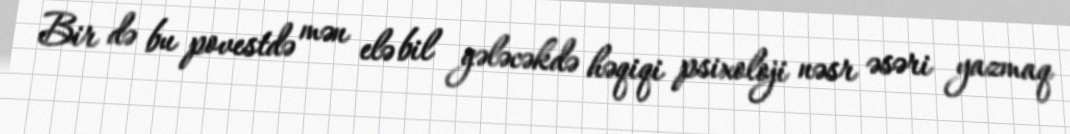
Bir də bu povestdə mən elə bil gələcəkdə həqiqi psixoloji nəsr əsəri yazmaq